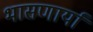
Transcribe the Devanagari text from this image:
भासणार्या